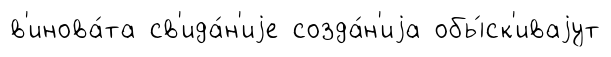
в'инова́та св'ида́н'иjе созда́н'иjа обы́ск'иваjут